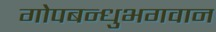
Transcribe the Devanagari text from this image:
गोपबन्धुभगवान